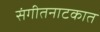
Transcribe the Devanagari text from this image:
संगीतनाटकात